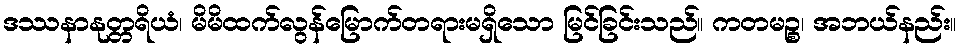
ဒဿနာနုတ္တရိယံ၊ မိမိထက်လွန်မြောက်တရားမရှိသော မြင်ခြင်းသည်။ ကတမဉ္စ၊ အဘယ်နည်း။